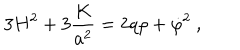
LaTeX: 3 H ^ { 2 } + 3 { \frac { K } { a ^ { 2 } } } = 2 q \rho + \dot { \varphi } ^ { 2 } \ ,